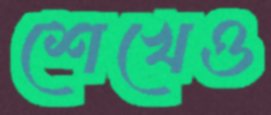
শেখেও